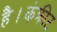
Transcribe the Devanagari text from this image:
है।कंक्रीट